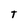
Character: T